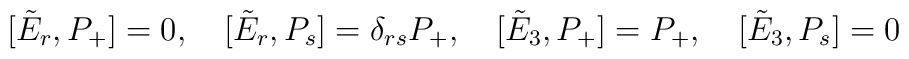
[\tilde{E}_{r},P_{+}]=0,\quad[\tilde{E}_{r},P_{s}]=\delta_{rs}P_{+},\quad[\tilde{E}_{3},P_{+}]=P_{+},\quad [\tilde{E}_{3},P_{s}]=0